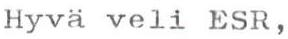
Hyvä veli ESR,